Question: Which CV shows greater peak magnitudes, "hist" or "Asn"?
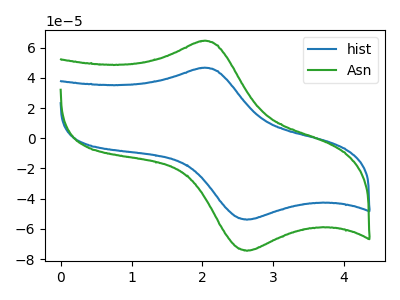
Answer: <think>The blue curve "hist" has an anodic peak at (2.00V, 46.60uA) and a cathodic peak at (2.65V, -53.90uA). The green curve "Asn" has an anodic peak at (2.00V, 64.45uA) and a cathodic peak at (2.65V, -74.50uA).</think>
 <answer>Every peak in "hist" is lower than every peak in "Asn".</answer>
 <eval>lower</eval>